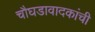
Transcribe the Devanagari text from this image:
चौघडावादकांची